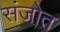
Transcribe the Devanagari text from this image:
संजोत